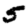
Digit: 5